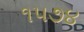
૧૫૭૪